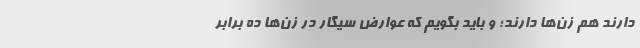
دارند هم زن‌ها دارند؛ و باید بگویم که عوارض سیگار در زن‌ها ده برابر